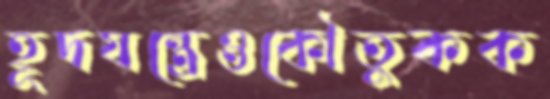
হূদযন্ত্রেওকৌতুকক